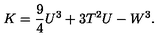
K = \frac { 9 } { 4 } U ^ { 3 } + 3 T ^ { 2 } U - W ^ { 3 } .